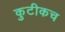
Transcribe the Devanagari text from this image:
कुटीकच